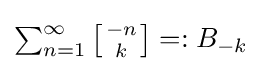
{\textstyle \sum _{n=1}^{\infty }\left[{-n \atop k}\right]=:B_{-k}}